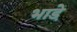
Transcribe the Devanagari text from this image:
भाडे़